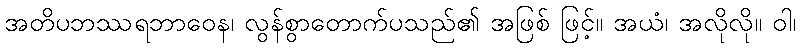
အတိပဘဿရဘာဝေန၊ လွန်စွာတောက်ပသည်၏ အဖြစ် ဖြင့်။ အယံ၊ အလိုလို။ ဝါ၊